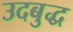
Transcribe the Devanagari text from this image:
उदबुद्ध